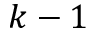
k - 1